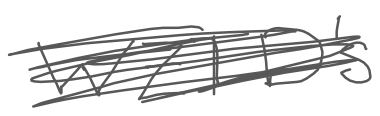
Text: WZTD's
Cross-out: scratch
Writing tool: digital_gray